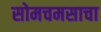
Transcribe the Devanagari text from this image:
सोमचमसाचा